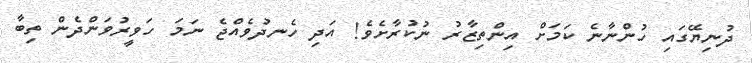
ދުނިޔޭގައި ހުންނާނެ ކަމަށް އިންތިޒާރު ނުކުރާށެވެ! އަދި ހެނދުވެއްޖެ ނަމަ ހަވީރުވަންދެން ތިބާ